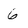
Character: 6